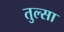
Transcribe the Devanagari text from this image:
तुल्सा